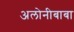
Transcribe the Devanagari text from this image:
अलोनीबाबा